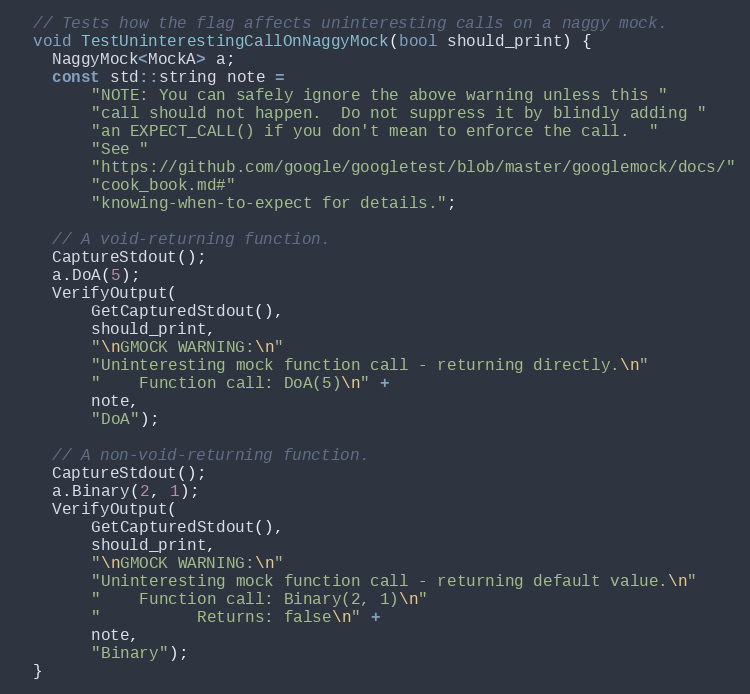
Language: C++
  // Tests how the flag affects uninteresting calls on a naggy mock.
  void TestUninterestingCallOnNaggyMock(bool should_print) {
    NaggyMock<MockA> a;
    const std::string note =
        "NOTE: You can safely ignore the above warning unless this "
        "call should not happen.  Do not suppress it by blindly adding "
        "an EXPECT_CALL() if you don't mean to enforce the call.  "
        "See "
        "https://github.com/google/googletest/blob/master/googlemock/docs/"
        "cook_book.md#"
        "knowing-when-to-expect for details.";

    // A void-returning function.
    CaptureStdout();
    a.DoA(5);
    VerifyOutput(
        GetCapturedStdout(),
        should_print,
        "\nGMOCK WARNING:\n"
        "Uninteresting mock function call - returning directly.\n"
        "    Function call: DoA(5)\n" +
        note,
        "DoA");

    // A non-void-returning function.
    CaptureStdout();
    a.Binary(2, 1);
    VerifyOutput(
        GetCapturedStdout(),
        should_print,
        "\nGMOCK WARNING:\n"
        "Uninteresting mock function call - returning default value.\n"
        "    Function call: Binary(2, 1)\n"
        "          Returns: false\n" +
        note,
        "Binary");
  }